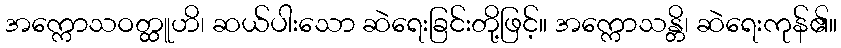
အက္ကောသဝတ္ထူဟိ၊ ဆယ်ပါးသော ဆဲရေးခြင်းတို့ဖြင့်။ အက္ကောသန္တိ၊ ဆဲရေးကုန်၏။